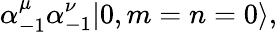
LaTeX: \alpha_{-1}^{\mu}\alpha_{-1}^{\nu}|0,m=n=0\rangle,